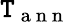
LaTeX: \mathtt{T}_{\mathrm{{~a~n~n~}}}